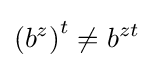
\left(b^{z}\right)^{t}\neq b^{zt}